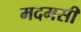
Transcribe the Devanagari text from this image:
मदमसी